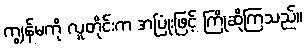
ကျွန်မကို လူတိုင်းက အပြုံးဖြင့် ကြိုဆိုကြသည်။